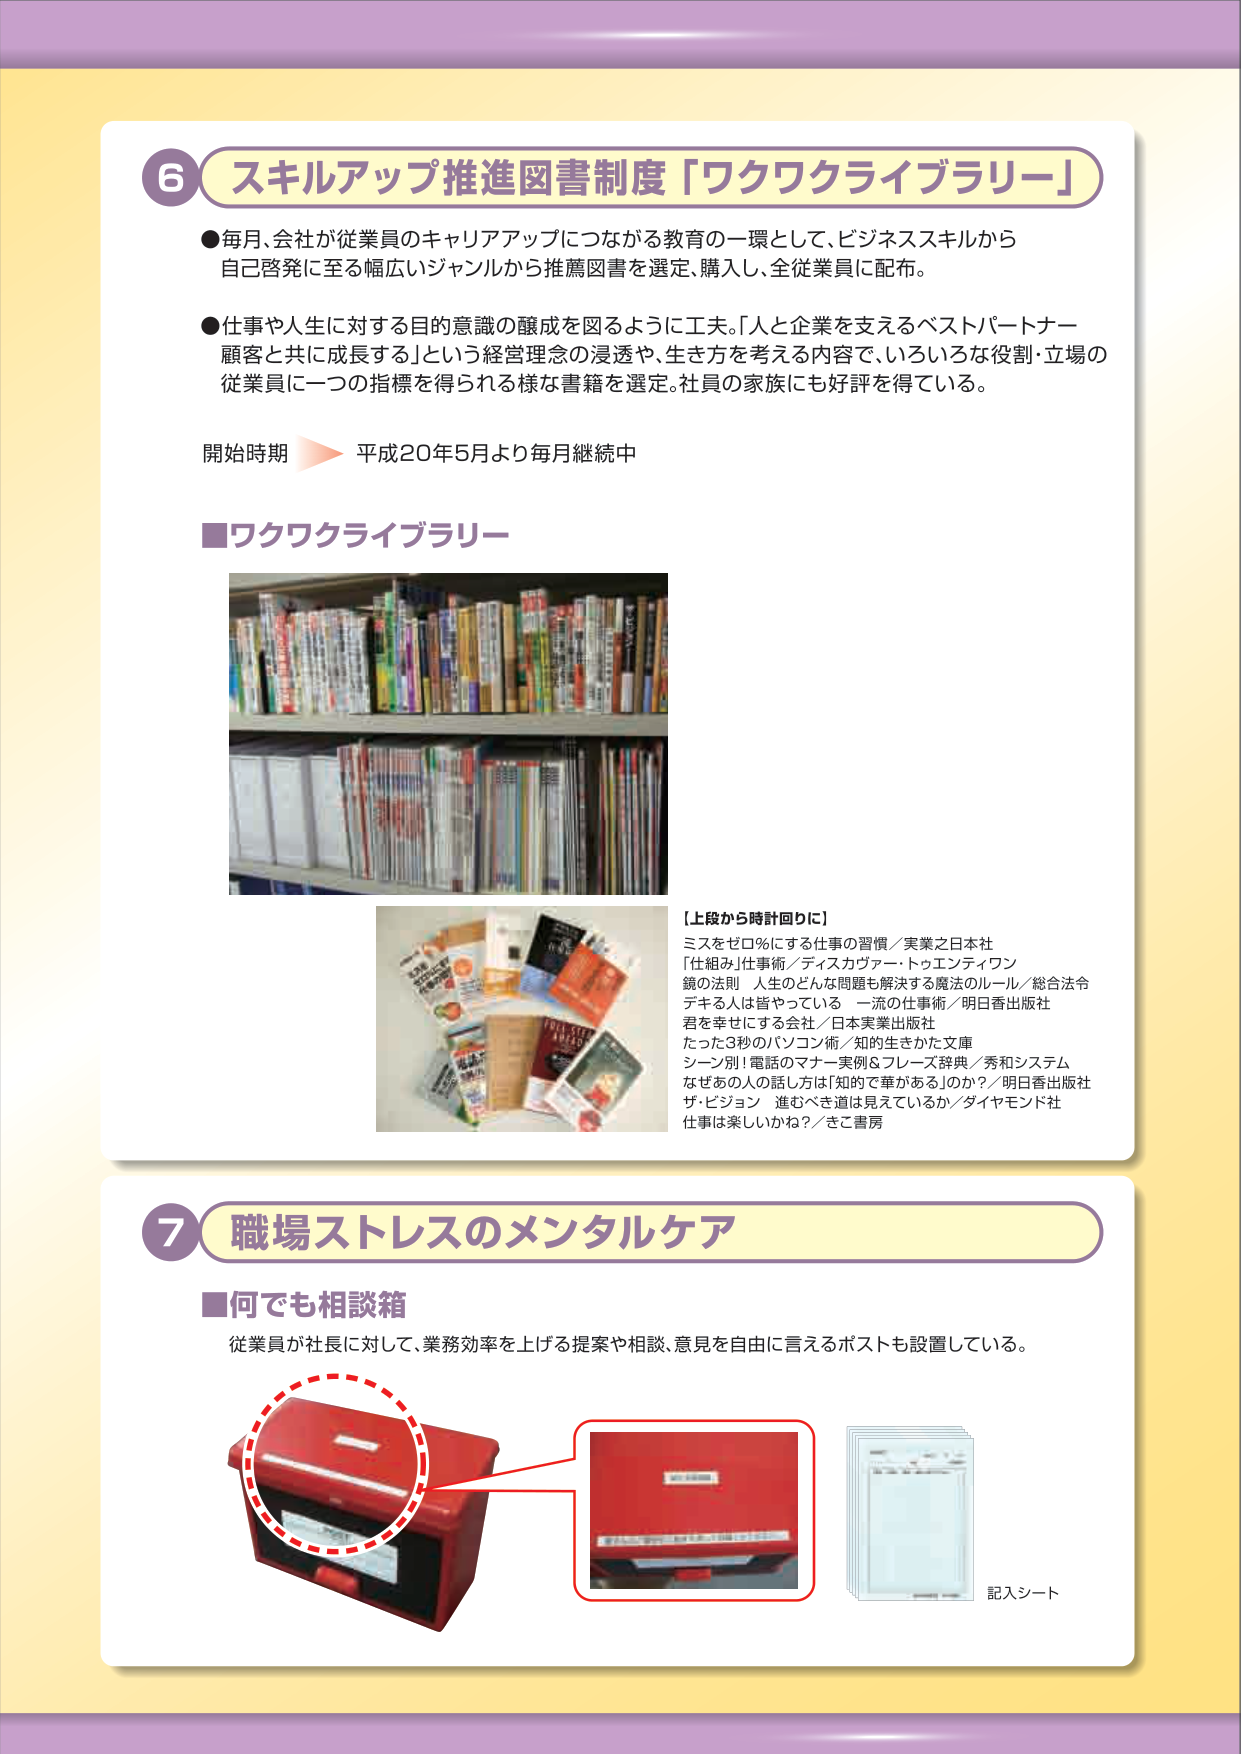
6 スキルアップ推進図書制度「ワクワクライブラリー」

●毎月、会社が従業員のキャリアアップにつながる教育の一環として、ビジネススキルから自己啓発に至る幅広いジャンルから推薦図書を選定、購入し、全従業員に配布。

●仕事や人生に対する目的意識の醸成を図るように工夫。「人と企業を支えるベストパートナー 顧客と共に成長する」という経営理念の浸透や、生き方を考える内容で、いろいろな役割・立場の従業員に一つの指標を得られる様な書籍を選定。社員の家族にも好評を得ている。

開始時期　平成20年5月より毎月継続中

■ワクワクライブラリー

【上段から時計回りに】
ミスをゼロ％にする仕事の習慣／実業之日本社
「仕組み」仕事術／ディスカヴァー・トゥエンティワン
鏡の法則　人生のどんな問題も解決する魔法のルール／総合法令
デキる人は皆やっている　一流の仕事術／明日香出版社
君を幸せにする会社／日本実業出版社
たった3秒のパソコン術／知的生きかた文庫
シーン別！電話のマナー実例＆フレーズ辞典／秀和システム
なぜあの人の話しどうか「知的で華がある」のか？／明日香出版社
ザ・ビジョン　進むべき道は見えているか／ダイヤモンド社
仕事は楽しいかね？／きこ書房

7 職場ストレスのメンタルケア

■何でも相談箱
従業員が社長に対して、業務効率を上げる提案や相談、意見を自由に言えるポストも設置している。

記入シート